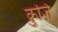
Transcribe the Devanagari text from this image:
क्रुज़ि